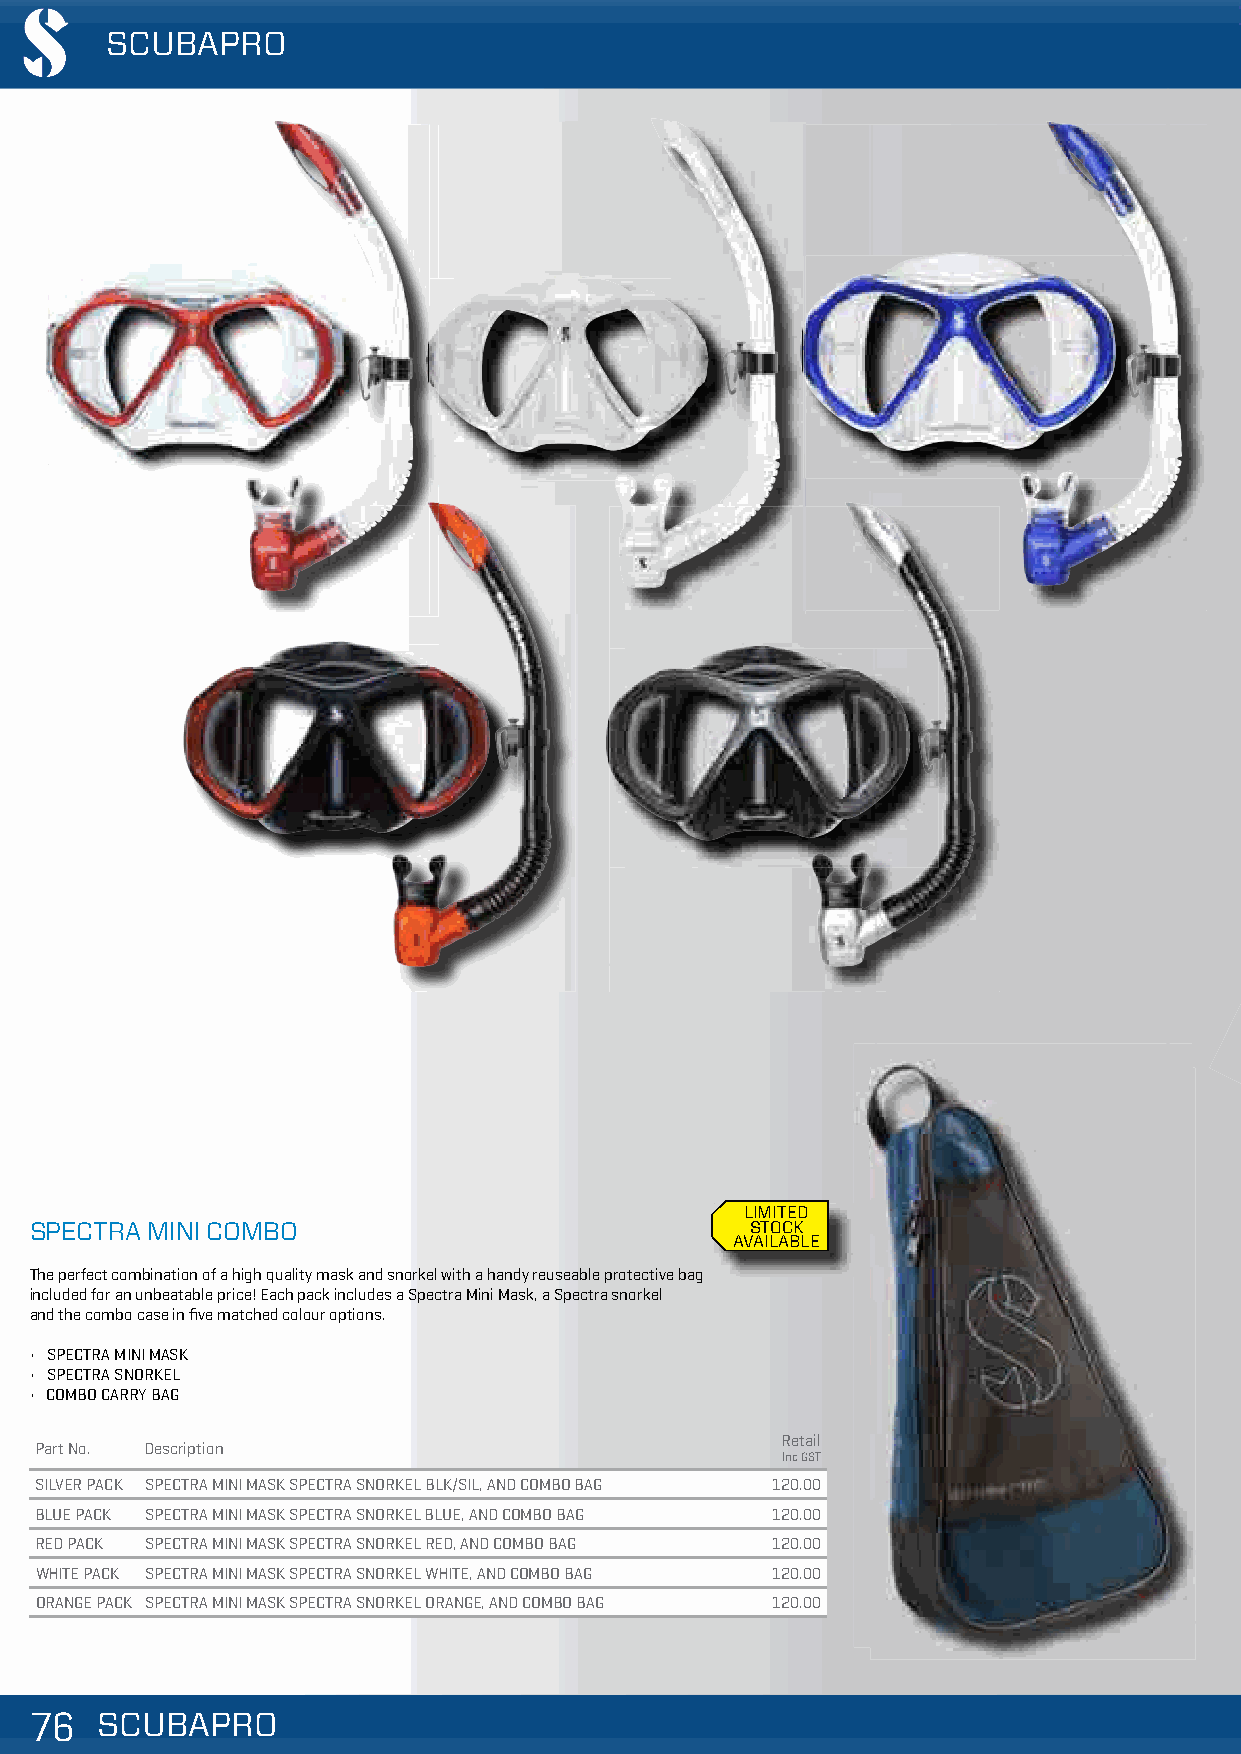
SCUBAPRO
 LIMITED
 SPECTRA MINI COMBO                              STOCK
 AVAILABLE
 The perfect combination of a high quality mask and snorkel with a handy reuseable protective bag
 included for an unbeatable price! Each pack includes a Spectra Mini Mask, a Spectra snorkel
 and the combo case in five matched colour options.
 • SPECTRA MINI MASK
 • SPECTRA SNORKEL
 • COMBO CARRY BAG
 Retail
 Part No. Description
 Inc GST
 SILVER PACK SPECTRA MINI MASK SPECTRA SNORKEL BLK/SIL, AND COMBO BAG 120.00
 BLUE PACK SPECTRA MINI MASK SPECTRA SNORKEL BLUE, AND COMBO BAG 120.00
 RED PACK SPECTRA MINI MASK SPECTRA SNORKEL RED, AND COMBO BAG 120.00
 WHITE PACK SPECTRA MINI MASK SPECTRA SNORKEL WHITE, AND COMBO BAG 120.00
 ORANGE PACK SPECTRA MINI MASK SPECTRA SNORKEL ORANGE, AND COMBO BAG 120.00
 777666 SSSCCCUUUBBBAAAPPPRRROOO                                                     VVaalliidd ffrroomm 0011//1100//22001188 || PPrriicceess aarree ssuubbjjeecctt ttoo cchhaannggee wwiitthhoouutt nnoottiiccee